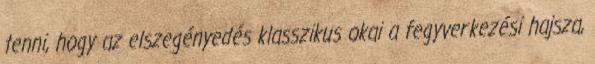
tenni, hogy az elszegényedés klasszikus okai a fegyverkezési hajsza,